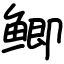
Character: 鲫